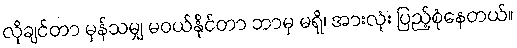
လိုချင်တာ မှန်သမျှ မဝယ်နိုင်တာ ဘာမှ မရှိ၊ အားလုံး ပြည့်စုံနေတယ်။